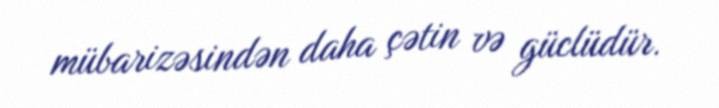
mübarizəsindən daha çətin və güclüdür.